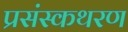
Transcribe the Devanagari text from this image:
प्रसंस्कथरण